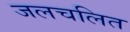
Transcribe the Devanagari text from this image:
जलचलित